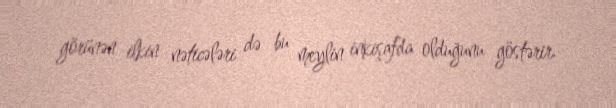
görünən ilkin nəticələri də bu meylin inkişafda olduğunu göstərir.